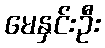
မေနှင်းဦး